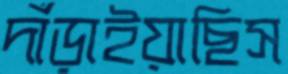
দাঁড়াইয়াছিস